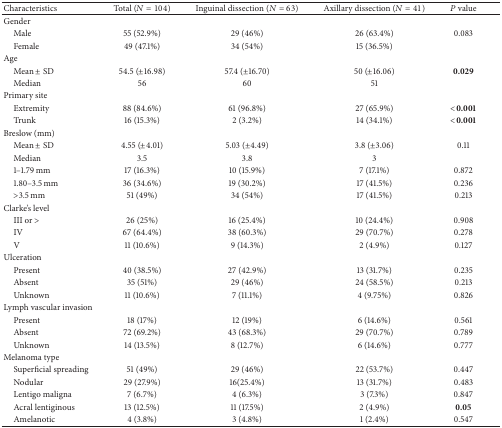
<table><thead><tr><td><b>Characteristics </b></td><td><b> Total (<i>N</i> = 104)</b></td><td><b>Inguinal dissection (<i>N</i> = 63)</b></td><td><b>Axillary dissection (<i>N</i> = 41)</b></td><td><b><i>P</i> value</b></td></tr></thead><tbody><tr><td>Gender </td><td> </td><td> </td><td> </td><td> </td></tr><tr><td> Male </td><td>55 (52.9%)</td><td>29 (46%)</td><td>26 (63.4%)</td><td>0.083</td></tr><tr><td> Female </td><td>49 (47.1%)</td><td>34 (54%)</td><td>15 (36.5%)</td><td> </td></tr><tr><td>Age </td><td> </td><td> </td><td> </td><td> </td></tr><tr><td> Mean ± SD</td><td>54.5 (±16.98)</td><td>57.4 (±16.70)</td><td>50 (±16.06)</td><td><b>0.029</b></td></tr><tr><td> Median </td><td>56</td><td>60</td><td>51</td><td> </td></tr><tr><td>Primary site </td><td> </td><td> </td><td> </td><td> </td></tr><tr><td> Extremity </td><td>88 (84.6%)</td><td>61 (96.8%)</td><td>27 (65.9%)</td><td><b>&lt;0.001</b></td></tr><tr><td> Trunk </td><td>16 (15.3%)</td><td>2 (3.2%)</td><td>14 (34.1%)</td><td><b>&lt;0.001</b></td></tr><tr><td>Breslow (mm)</td><td> </td><td> </td><td> </td><td> </td></tr><tr><td> Mean ± SD</td><td>4.55 (±4.01)</td><td>5.03 (±4.49)</td><td>3.8 (±3.06)</td><td>0.11</td></tr><tr><td> Median </td><td>3.5</td><td>3.8</td><td>3</td><td> </td></tr><tr><td> 1–1.79 mm</td><td>17 (16.3%)</td><td>10 (15.9%)</td><td>7 (17.1%)</td><td>0.872</td></tr><tr><td> 1.80–3.5 mm</td><td>36 (34.6%)</td><td>19 (30.2%)</td><td>17 (41.5%)</td><td>0.236</td></tr><tr><td> &gt;3.5 mm </td><td>51 (49%)</td><td>34 (54%)</td><td>17 (41.5%)</td><td>0.213</td></tr><tr><td>Clarke&#x27;s level </td><td> </td><td> </td><td> </td><td> </td></tr><tr><td> III or &gt;</td><td>26 (25%)</td><td>16 (25.4%)</td><td>10 (24.4%)</td><td>0.908</td></tr><tr><td> IV</td><td>67 (64.4%)</td><td>38 (60.3%)</td><td>29 (70.7%)</td><td>0.278</td></tr><tr><td> V</td><td>11 (10.6%)</td><td>9 (14.3%)</td><td>2 (4.9%)</td><td>0.127</td></tr><tr><td>Ulceration </td><td> </td><td> </td><td> </td><td> </td></tr><tr><td> Present </td><td>40 (38.5%)</td><td>27 (42.9%)</td><td>13 (31.7%)</td><td>0.235</td></tr><tr><td> Absent</td><td>35 (51%)</td><td>29 (46%)</td><td>24 (58.5%)</td><td>0.213</td></tr><tr><td> Unknown </td><td>11 (10.6%)</td><td>7 (11.1%)</td><td>4 (9.75%)</td><td>0.826</td></tr><tr><td>Lymph vascular invasion </td><td> </td><td> </td><td> </td><td> </td></tr><tr><td> Present</td><td>18 (17%)</td><td>12 (19%)</td><td>6 (14.6%)</td><td>0.561</td></tr><tr><td> Absent </td><td>72 (69.2%)</td><td>43 (68.3%)</td><td>29 (70.7%)</td><td>0.789</td></tr><tr><td> Unknown </td><td>14 (13.5%)</td><td>8 (12.7%)</td><td>6 (14.6%)</td><td>0.777</td></tr><tr><td>Melanoma type </td><td> </td><td> </td><td> </td><td> </td></tr><tr><td> Superficial spreading </td><td>51 (49%)</td><td>29 (46%)</td><td>22 (53.7%)</td><td>0.447</td></tr><tr><td> Nodular </td><td>29 (27.9%)</td><td>16(25.4%)</td><td>13 (31.7%)</td><td>0.483</td></tr><tr><td> Lentigo maligna </td><td>7 (6.7%)</td><td>4 (6.3%)</td><td>3 (7.3%)</td><td>0.847</td></tr><tr><td> Acral lentiginous </td><td>13 (12.5%)</td><td>11 (17.5%)</td><td>2 (4.9%)</td><td><b>0.05</b></td></tr><tr><td> Amelanotic</td><td>4 (3.8%)</td><td>3 (4.8%)</td><td>1 (2.4%)</td><td>0.547</td></tr></tbody></table>